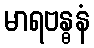
မာရဗန္ဓနံ